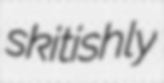
skitishly